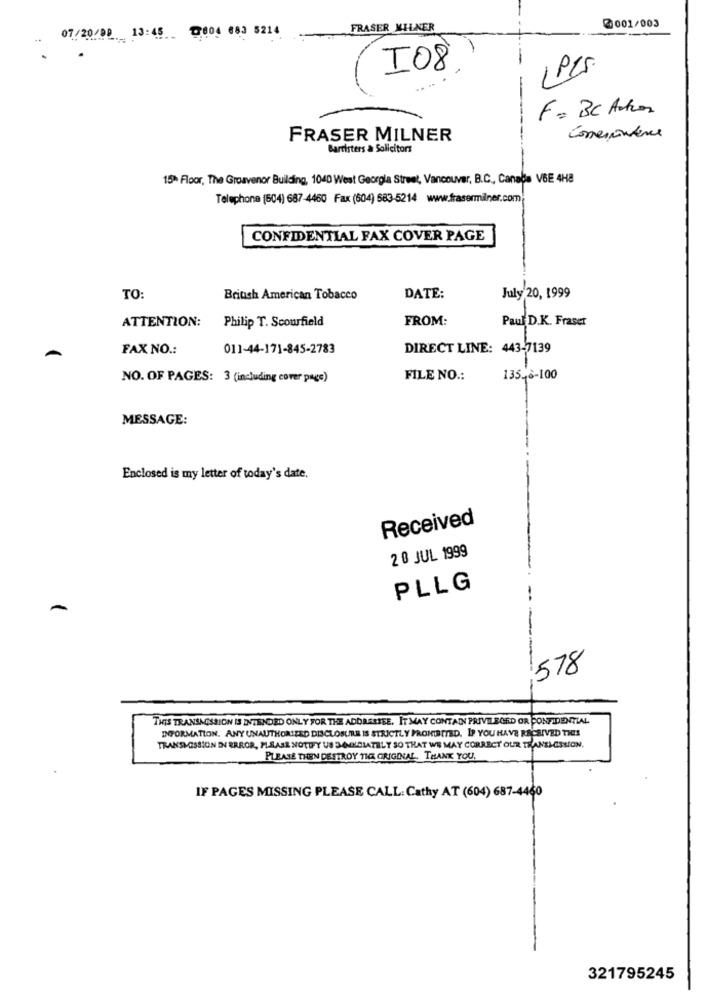
@001/003
07/20/08 13:45 004 683 5214
FRASER MILNER
I08
I PES
F= BC Adres
Comexistence
FRASER MILNER
Barristers & Solicitors
15> Floor, The Grosvenor Building, 1040 West Georgia Street, Vancouver, B.C ., Canada VBE 4H8
Telephone (604) 687-4460 Fax (604) 583-5214 www.frasermilner.com
CONFIDENTIAL FAX COVER PAGE
TO:
British American Tobacco
DATE:
July 20, 1999
ATTENTION:
Philip T. Scourfield
FROM:
Paul D.K. Fraser
FAX NO .:
011-44-171-845-2783
DIRECT LINE: 443-7139
A
NO. OF PAGES: 3 (including cover page)
FILE NO .:
135-6-100
MESSAGE:
Enclosed is my letter of today's date.
Received
20 JUL 1999
PLLG
578
THIS TRANSACSSION IS INTENDED ONLY FOR THE ADDRESSEE. IT MAY CONTAIN PRIVILEGED OR CONFIDENTIAL
INFORMATION. ANY UNAUTHORIZED DISCLOSURE IS STRICTLY PROHIBITED. IF YOU HAVE RECEIVED THIS
TRANSMISSION IN ERROR, PLEASE NOTIFY US 34NOIDIATELY SO THAT WE MAY CORRECT OUR TRANSLCISION.
PLEASE THEN DESTROY THE ORIGINAL. THANK YOU.
IF PAGES MISSING PLEASE CALL: Cathy AT (604) 687-4460
321795245